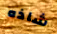
شاذه